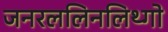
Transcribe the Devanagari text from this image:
जनरललिनलिथ्गो